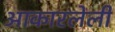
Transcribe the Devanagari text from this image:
आकारलेली